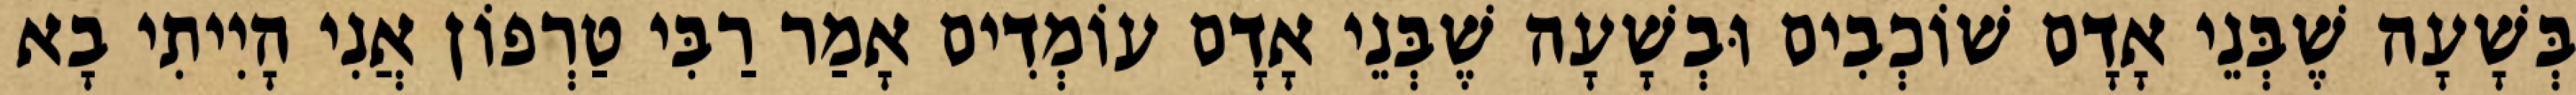
בְּשָׁעָה שֶׁבְּנֵי אָדָם שׁוֹכְבִים וּבְשָׁעָה שֶׁבְּנֵי אָדָם עוֹמְדִים אָמַר רַבִּי טַרְפוֹן אֲנִי הָיִיתִי בָא